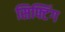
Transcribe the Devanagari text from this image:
सिफ्टिंग